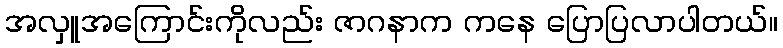
အလှူအကြောင်းကိုလည်း ဇာဂနာက ကနေ ပြောပြလာပါတယ်။